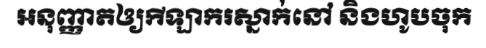
អនុញ្ញាតឲ្យកីឡាករស្នាក់នៅ និងហូបចុក